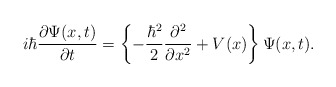
\begin{align*} i\hbar \frac{\partial \Psi (x,t)}{\partial t}= \left\{-\frac{\hbar^2}{2}\frac{\partial^2}{\partial x^2}+ V(x)\right\}\Psi(x,t).\end{align*}